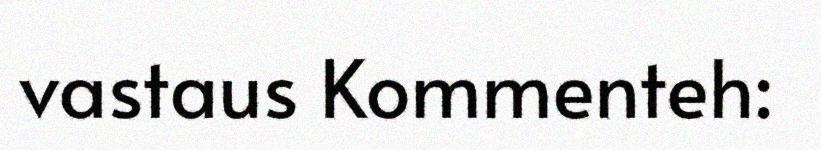
vastaus Kommenteh: